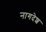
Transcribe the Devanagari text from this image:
नागदेश